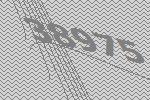
38975